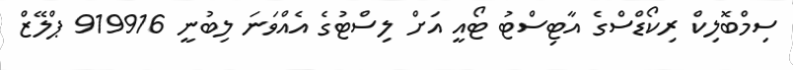
ސިމްބޮލިކް ރިކޯޑްސްގެ އާޓިސްޓު ޓޯއީ އަށް ލިސްޓުގެ އެއްވަނަ ލިބުނީ 919916 ޕްލޭޒް